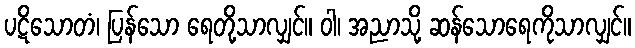
ပဋိသောတံ၊ ပြန်သော ရေတို့သာလျှင်။ ဝါ၊ အညာသို့ ဆန်သောရေကိုသာလျှင်။